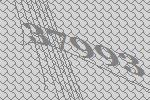
37993